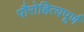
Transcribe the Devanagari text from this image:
पौरोहित्यपूर्ण